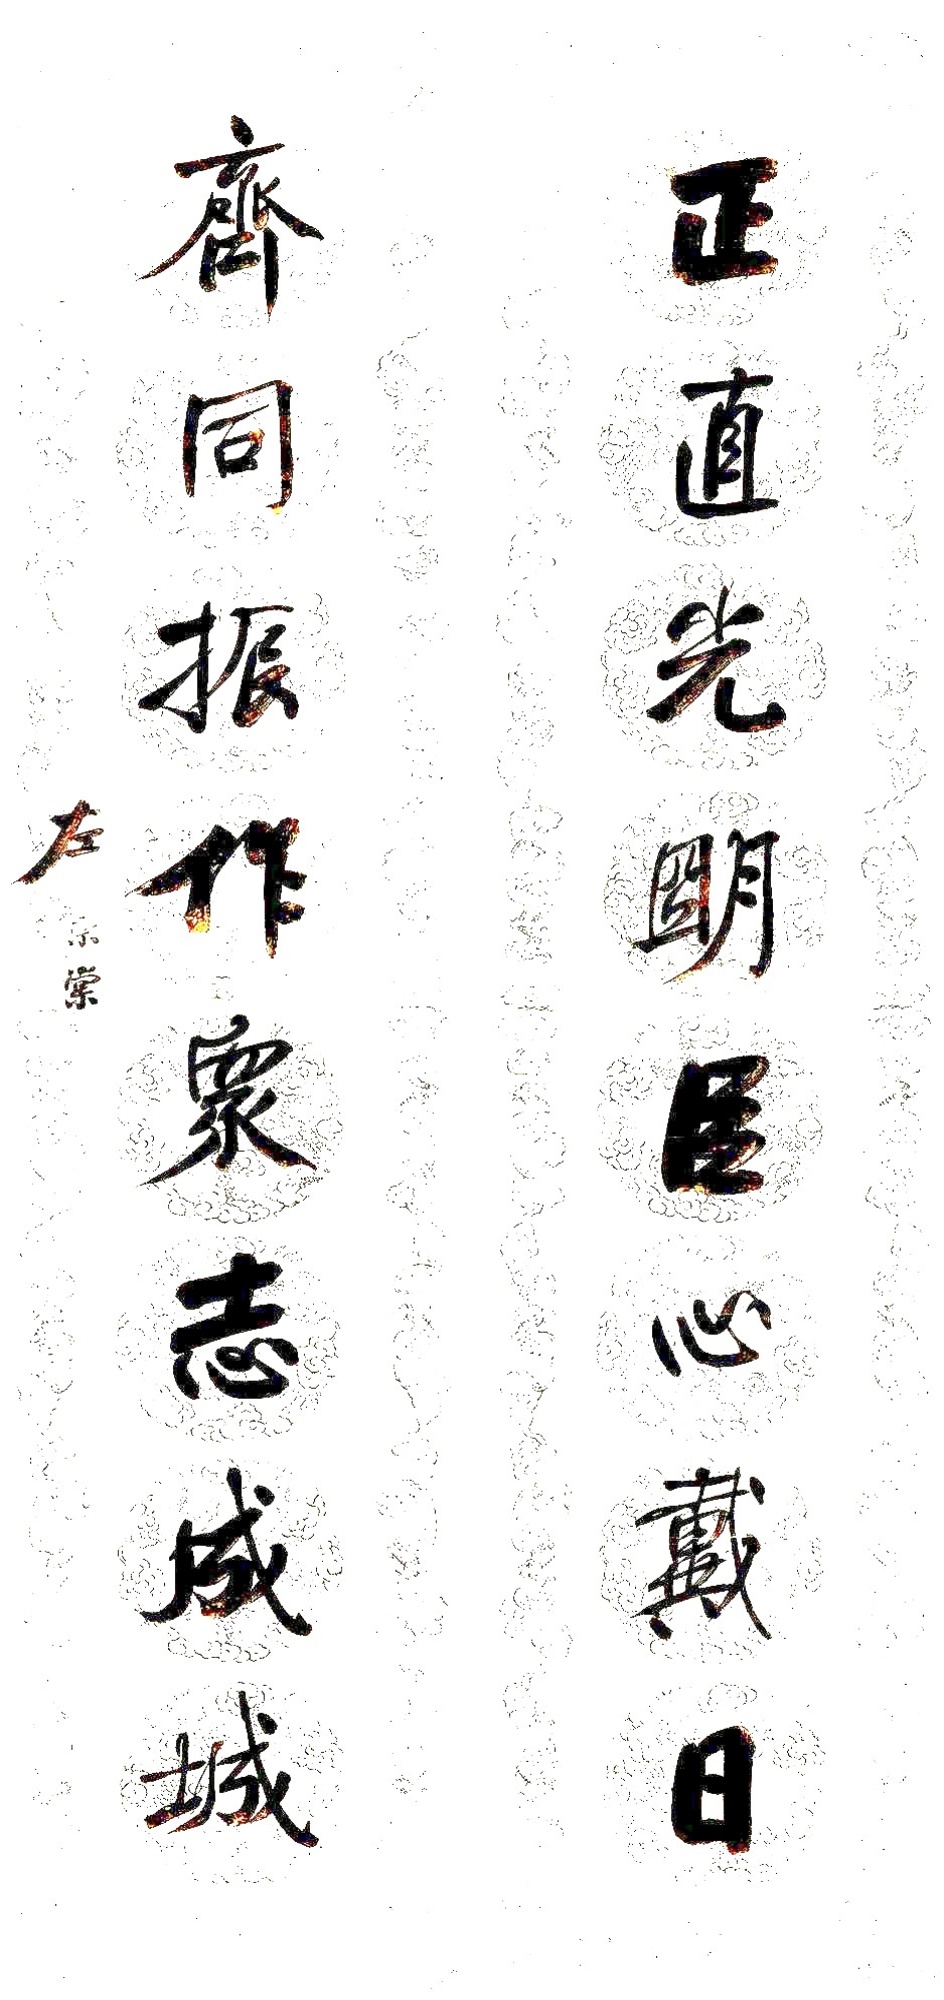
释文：正直光明臣心戴日，齐同振作众志成城。左宗棠。